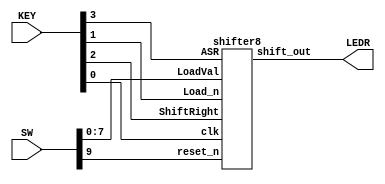
// Creating an 8-bit shift-register
// has an optional arithmetic shift right for sign extension
// has parallel load

// SW[70] as the inputs LoadVal[70]
// SW[9] as a synchronous active low reset (reset n).
// KEY[0] as the clock (clk)
// KEY[1] as the Load n input,
// KEY[2] as the ShiftRight input
// KEY[3] as the ASR input
// LEDR[7:0] for outputs

module shifter(SW,LEDR, KEY);
  input [9:0] SW;
  input [3:0] KEY;
  output [7:0] LEDR;

  shifter8 s8s(
    .ASR(KEY[3]),
    .LoadVal(SW[7:0]),
    .ShiftRight(KEY[2]),
    .Load_n(KEY[1]),
    .clk(KEY[0]),
    .reset_n(SW[9]),
    .shift_out(LEDR[7:0])
    );
endmodule // total_thing

module shifter8(ASR, LoadVal, ShiftRight, Load_n, clk, reset_n, shift_out);
  input ASR;
  input [7:0] LoadVal;
  input ShiftRight;
  input Load_n;
  input clk;
  input reset_n;
  output [7:0] shift_out;

  wire asr_shift;

  mux2to1 asr(
    .x(ASR),
    .y(shift_out[7]),
    .s(ASR),
    .m(asr_shift)
    );

  shift sb7 (
		.s_loadval(LoadVal[7]),
		.s_in(asr_shift),
		.s_out(shift_out[7]),
    .s_shift(ShiftRight),
		.s_load_n(Load_n),
		.s_clk(clk),
		.s_reset_n(reset_n)
	);

  shift sb6 (
		.s_loadval(LoadVal[6]),
		.s_in(shift_out[7]),
		.s_out(shift_out[6]),
    .s_shift(ShiftRight),
		.s_load_n(Load_n),
		.s_clk(clk),
		.s_reset_n(reset_n)
	);

  shift sb5 (
		.s_loadval(LoadVal[5]),
		.s_in(shift_out[6]),
		.s_out(shift_out[5]),
    .s_shift(ShiftRight),
		.s_load_n(Load_n),
		.s_clk(clk),
		.s_reset_n(reset_n)
	);

  shift sb4 (
		.s_loadval(LoadVal[4]),
		.s_in(shift_out[5]),
		.s_out(shift_out[4]),
    .s_shift(ShiftRight),
		.s_load_n(Load_n),
		.s_clk(clk),
		.s_reset_n(reset_n)
	);

  shift sb3 (
		.s_loadval(LoadVal[3]),
		.s_in(shift_out[4]),
		.s_out(shift_out[3]),
    .s_shift(ShiftRight),
		.s_load_n(Load_n),
		.s_clk(clk),
		.s_reset_n(reset_n)
	);

  shift sb2 (
		.s_loadval(LoadVal[2]),
		.s_in(shift_out[3]),
		.s_out(shift_out[2]),
    .s_shift(ShiftRight),
		.s_load_n(Load_n),
		.s_clk(clk),
		.s_reset_n(reset_n)
	);

  shift sb1 (
		.s_loadval(LoadVal[1]),
		.s_in(shift_out[2]),
		.s_out(shift_out[1]),
    .s_shift(ShiftRight),
		.s_load_n(Load_n),
		.s_clk(clk),
		.s_reset_n(reset_n)
	);

  shift sb0 (
		.s_loadval(LoadVal[0]),
		.s_in(shift_out[1]),
		.s_out(shift_out[0]),
    .s_shift(ShiftRight),
		.s_load_n(Load_n),
		.s_clk(clk),
		.s_reset_n(reset_n)
	);

endmodule // shifter8

module shift(s_loadval,s_in,s_out,s_shift,s_load_n,s_clk,s_reset_n);
  input s_loadval;
  input s_in;
  output s_out;
  input s_shift;
  input s_load_n;
  input s_clk;
  input s_reset_n;

  wire mux_mux;
  wire mux_flop;

  mux2to1 m0 (
    .x(s_out),                // output fed back into input
    .y(s_in),                 // input from other shifter
    .s(s_shift),              // ShiftRight
    .m(mux_mux)               // output to second mux
    );
  mux2to1 m1 (
    .x(s_loadval),            // parallel load value
    .y(mux_mux),              // input from 1st mux
    .s(s_load_n),
    .m(mux_flop)              // output to flipflop
    );

  flipflop f0 (
    .d(mux_flop),             // input to flipflop
    .q(s_out),                // output from flip flop
    .clock(s_clk),            // clock signal
    .reset(s_reset_n)         // synchronous active low reset
    );
endmodule // shift

module mux2to1(x,y,s,m);
  input x; //selected when s is 0
  input y; //selected when s is 1
  input s; //select signal
  output m; //output

  assign m = s & y | ~s & x;
endmodule // mux2to1

module flipflop(d,q,clock,reset);
  input d;
  output q;
  input clock;
  input reset;
  reg q;

  always @(posedge clock) // Triggered every time clock rises
  begin
    if (reset == 1'b0)      // When reset is 0
                            // Note this is tested on every rising clock edge
      q <= 0 ;              // Set q to 0 .
    else                    // When resetn is not 0
      q <= d ;              // Store the value of d in q
  end
endmodule // flipflop